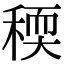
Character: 稬